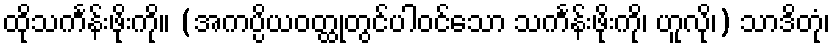
ထိုသင်္ကန်းဖိုးကို။ (အကပ္ပိယဝတ္ထုတွင်ပါဝင်သော သင်္ကန်းဖိုးကို၊ ဟူလို၊) သာဒိတုံ၊